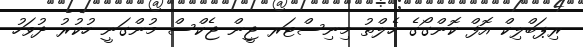
ރިޕަބްލިކް އޮފް ކޮންގޯގެ ހެލްތު މިނިސްޓަރ ޖީން ޖެކްސް މުންގަނީ ހުކުރު ދުވަހު